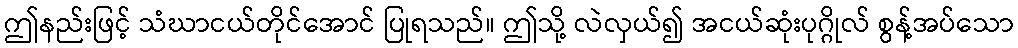
ဤနည်းဖြင့် သံဃာငယ်တိုင်အောင် ပြုရသည်။ ဤသို့ လဲလှယ်၍ အငယ်ဆုံးပုဂ္ဂိုလ် စွန့်အပ်သော